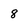
Character: 8